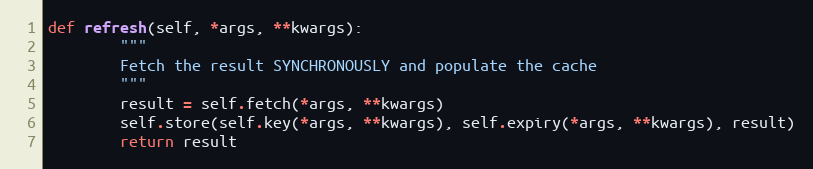
Language: Python
def refresh(self, *args, **kwargs):
        """
        Fetch the result SYNCHRONOUSLY and populate the cache
        """
        result = self.fetch(*args, **kwargs)
        self.store(self.key(*args, **kwargs), self.expiry(*args, **kwargs), result)
        return result